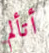
أتألم